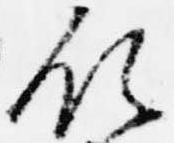
領